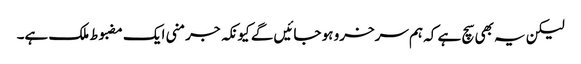
لیکن یہ بھی سچ ہے کہ ہم سرخرو ہو جائیں گے کیونکہ جرمنی ایک مضبوط ملک ہے۔